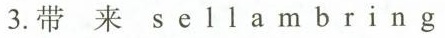
3.带 来 s e 1 1 a m b r i n g